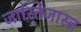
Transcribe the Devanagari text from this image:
जास्तिजास्त